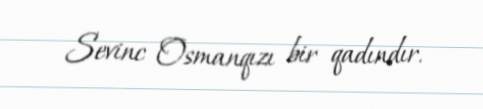
Sevinc Osmanqızı bir qadındır.